Sketch of the medical history of the native army of Bombay, for the year
Year: 1872
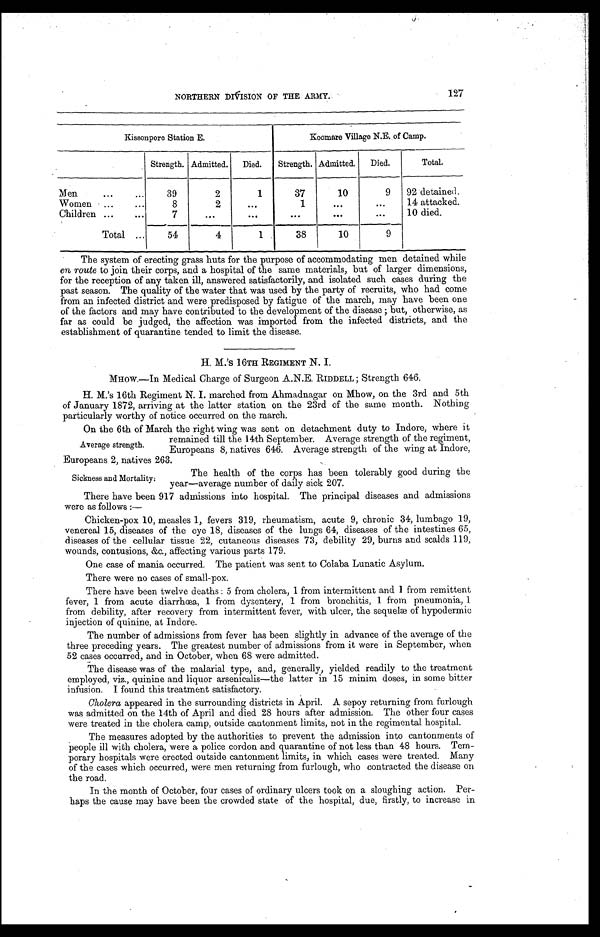
127
NORTHERN DIVISION OF THE ARMY.
Kissonpore Station E.
Koomare Village N.E. of Camp.
Strength. Admitted.
Died.
Strength. Admitted.
Died.
Total.
Men . . .
39
2
1
37
10
9
92 detained.
Women . . .
8
2
. . .
1
. . .
. . .
14 attacked.
Children . . .
7
. . .
. . .
. . .
. . .
. . .
10 died.
Total . . .
54
4
1
38
10
9
The system of erecting grass huts for the purpose of accommodating men detained while
en route to join their corps, and a hospital of the same materials, but of larger dimensions,
for the reception of any taken ill, answered satisfactorily, and isolated such cases during the
past season. The quality of the water that was used by the party of recruits, who had come
from an infected district and were predisposed by fatigue of the march, may have been one
of the factors and may have contributed to the development of the disease; but, otherwise, as
far as could be judged, the affection was imported from the infected districts, and the
establishment of quarantine tended to limit the disease.
H. M. 's 16TH REGIMENT N. I.
MHOW.—In Medical Charge of Surgeon A.N.E. RIDDELL; Strength 646.
H. M.'s 16th Regiment N. I. marched from Ahmadnagar on Mhow, on the 3rd and 5th
of January 1872, arriving at the latter station on the 23rd of the same month. Nothing
particularly worthy of notice occurred on the march.
On the 6th of March the right wing was sent on detachment duty to Indore, where it
remained till the 14th September. Average strength of the regiment,
Europeans 8, natives 646. Average strength of the wing at Indore,
Europeans 2, natives 263.
The health of the corps has been tolerably good during the
year—average number of daily sick 207.
There have been 917 admissions into hospital. The principal diseases and admissions
were as follows:—
Chicken-pox 10, measles 1, fevers 319, rheumatism, acute 9, chronic 34, lumbago 19,
venereal 15, diseases of the eye 18, diseases of the lungs 64, diseases of the intestines 65,
diseases of the cellular tissue 22, cutaneous diseases 73, debility 29, burns and scalds 119,
wounds, contusions, &c., affecting various parts 179.
One case of mania occurred. The patient was sent to Colaba Lunatic Asylum.
There were no cases of small-pox.
There have been twelve deaths: 5 from cholera, 1 from intermittent and 1 from remittent
fever, 1 from acute diarrhœa, 1 from dysentery, 1 from bronchitis, 1 from pneumonia, 1
from debility, after recovery from intermittent fever, with ulcer, the sequelæ of hypodermic
injection of quinine, at Indore.
The number of admissions from fever has been slightly in advance of the average of the
three preceding years. The greatest number of admissions from it were in September, when
52 cases occurred, and in October, when 68 were admitted.
The disease was of the malarial type, and, generally, yielded readily to the treatment
employed, viz., quinine and liquor arsenicalis—the latter in 15 minim doses, in some bitter
infusion. I found this treatment satisfactory.
Cholera appeared in the surrounding districts in April. A sepoy returning from furlough
was admitted on the 14th of April and died 28 hours after admission. The other four cases
were treated in the cholera camp, outside cantonment limits, not in the regimental hospital.
The measures adopted by the authorities to prevent the admission into cantonments of
people ill with cholera, were a police cordon and quarantine of not less than 48 hours. Tem
- p o r a r y h o s p i t a l s w e r e e r e c t e d o u t s i d e c a n t o n m e n t l i m i t s , i n w h i c h c a s e s w e r e t r e a t e d . M a n y
of the cases which occurred, were men returning from furlough, who contracted the disease on
the road.
In the month of October, four cases of ordinary ulcers took on a sloughing action. Per-
haps the cause may have been the crowded state of the hospital, due, firstly, to increase in
Average strength.
Sickness and Mortality.